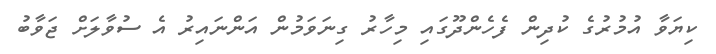
ކިޔަވާ އުމުރުގެ ކުދިން ފެހެންދޫގައި މިހާރު ގިނަވަމުން އަންނައިރު އެ ސުވާލަށް ޖަވާބު